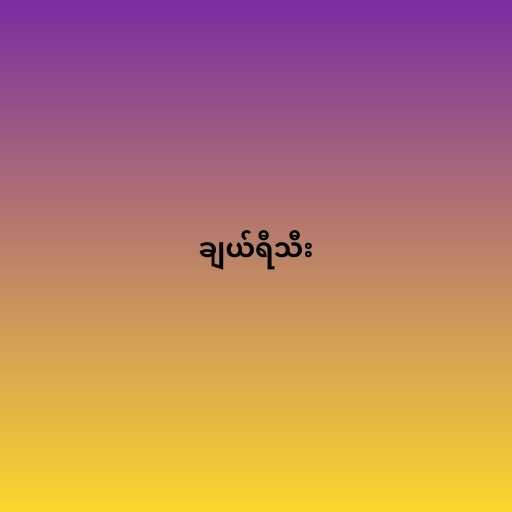
ချယ်ရီသီး